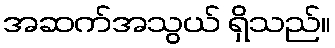
အဆက်အသွယ် ရှိသည်။